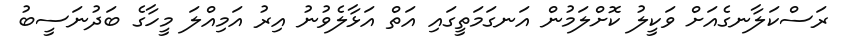
ރަސްކަލާނގެއަށް ވަކީލު ކޮށްލަމުން އަނގަމަތީގައި އަތް އަޅާލެވުނު އިރު އަމިއްލަ މީހާގެ ބަދުނަސީބު